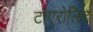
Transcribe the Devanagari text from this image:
टाएरोलिट